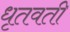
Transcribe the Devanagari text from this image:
धृतवती